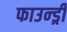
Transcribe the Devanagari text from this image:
फाउन्ड्री